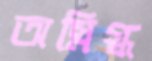
অস্নিগ্ধ